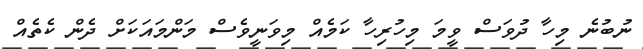
ނުބުނެ މިހާ ދުވަސް ވީމަ މިހުރިހާ ކަމެއް މިވަނީވެސް މަންމައަކަށް ދެން ކެތެއް